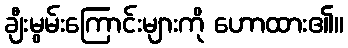
ချီးမွမ်းကြောင်းများကို ဟောထား၏။